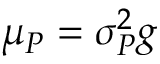
\mu _ { P } = \sigma _ { P } ^ { 2 } g